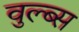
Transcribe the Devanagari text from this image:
वुल्ब्स